Annual report of the Bengal Veterinary College and of the Civil Veterinary Department, Bengal, for the year 1913-1914 - 1913-1914
Year: 1913
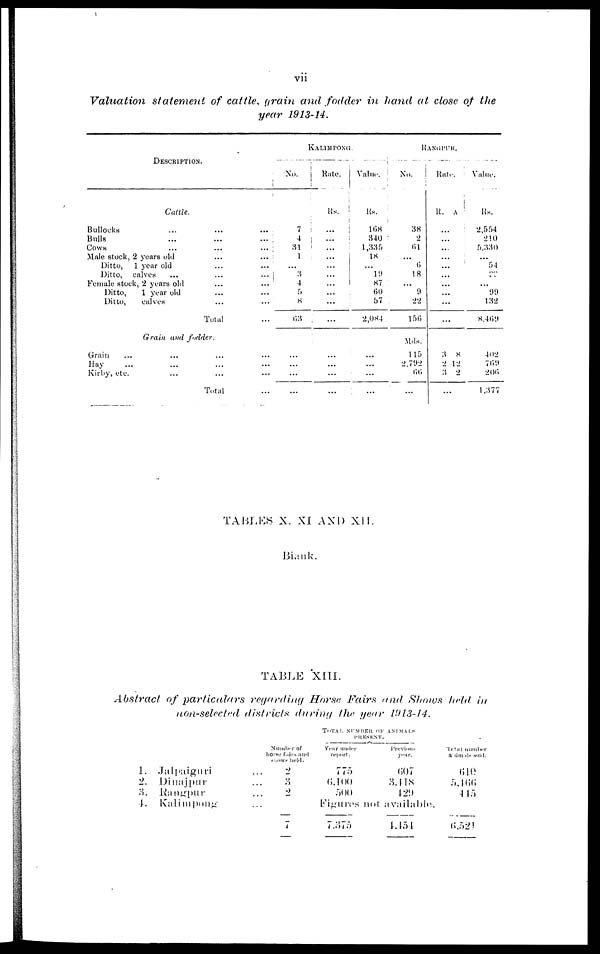
vii
Valuation statement of cattle, grain and fodder in hand at close of the
year 1913-14.
DESCRIPTION.
Cattle.
Bullocks ... ...
Bulls ... ...
Cows ... ...
Male stock, 2 years old ...
Ditto,
1 year old ...
Ditto, calves ... ...
Female stock, 2 years old ...
Ditto,
1 year old ...
Ditto,
calves ...
Total
Grain and fodder.
Grain ... ... ...
Hay ... ... ...
Kirby, etc. ... ...
Total
...
...
...
...
...
...
...
...
...
...
...
...
...
...
...
No.
7
4
31
1
...
3
4
5
8
63
...
...
...
...
KALIMPONG.
Rate.
Rs.
...
...
...
...
...
...
...
...
...
...
...
...
...
...
...
Value
Rs.
108
340
1,335
18
...
19
87
60
57
2,084
...
...
...
...
RANGPUR.
No.
38
2
61
...
6
18
...
9
22
156
Mds.
115
2.792
66
...
Rate
Rs.
...
...
...
...
...
...
...
...
...
..
3
2
3
..
A.
.
8
12
2
.
Value.
Rs.
2,554
210
5.330
...
54
39
...
99
132
8,469
402
769
206
1,377
TABLES X. XI AND XII.
Blank.
TABLE XIII.
Abstract of particulars regarding Horse Fairs and Shows held in
non-selected districts during the year 1913-14.
1.
2
3.
4.
Jalpaiguri
Dinajpur
Rangpur
Kalimpong
Number of
horse fairs and
shows held
... 2
... 3
... 2
...
7
Total number of animals
PRESENT.
Year under
report.
775
6,100
500
Previous
year.
607
3,118
129
FIgures not available.
7.375
4,454
Total number
animals sold.
610
5,466
445
6,521